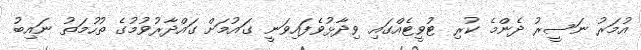
އުމަރު ނަސީރު ދެންމެ ކުރި ޓުވީޓެއްގައި ވިދާޅުވެފައިވަނީ ގައުމަށް ގައްދާރުވުމުގެ ތުހުމަތު ނައިބު